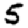
Digit: 5